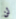
لن